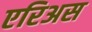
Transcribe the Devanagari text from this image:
एरिअस